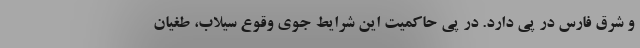
و شرق فارس در پی دارد. در پی حاکمیت این شرایط جوی وقوع سیلاب، طغیان